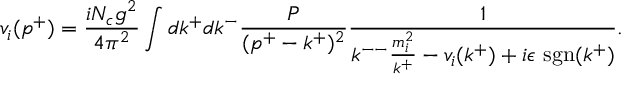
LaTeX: v _ { i } ( p ^ { + } ) = \frac { i N _ { c } g ^ { 2 } } { 4 \pi ^ { 2 } } \int d k ^ { + } d k ^ { - } \frac { \cal P } { ( p ^ { + } - k ^ { + } ) ^ { 2 } } \frac { 1 } { k ^ { -- } \frac { m _ { i } ^ { 2 } } { k ^ { + } } - v _ { i } ( k ^ { + } ) + i \epsilon ~ \mathrm { s g n } ( k ^ { + } ) } .